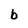
Character: b